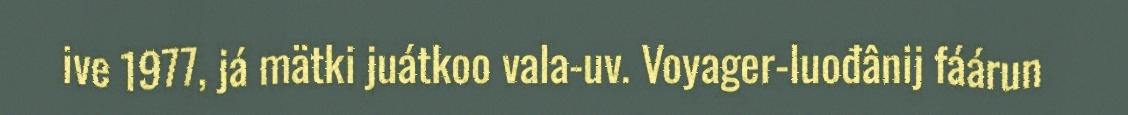
ive 1977, já mätki juátkoo vala-uv. Voyager-luođânij fáárun